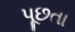
પૂછતા